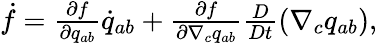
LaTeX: \begin{array}{r}{\dot{f}=\frac{\partial f}{\partial q_{ab}}\dot{q}_{ab}+\frac{\partial f}{\partial\nabla_{c}q_{ab}}\frac{D}{Dt}\left(\nabla_{c}q_{ab}\right),}\end{array}